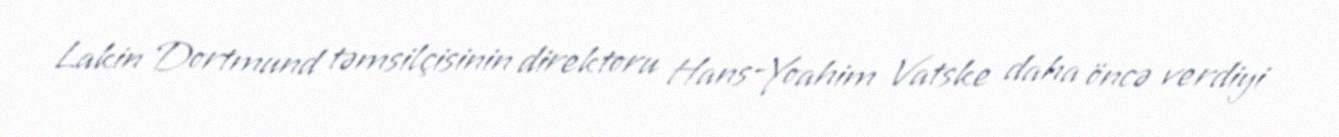
Lakin Dortmund təmsilçisinin direktoru Hans-Yoahim Vatske daha öncə verdiyi